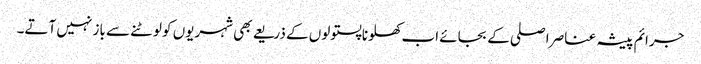
جرائم پیشہ عناصر اصلی کے بجائے اب کھلونا پستولوں کے ذریعے بھی شہریوں کو لوٹنے سے باز نہیں آتے۔